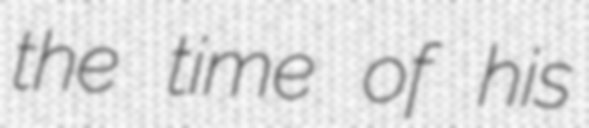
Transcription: the time of his